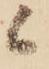
候